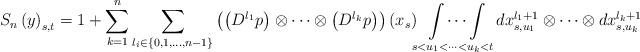
LaTeX: \begin{align*}S_{n}\left( y\right) _{s,t}=1+\sum_{k=1}^{n}\sum_{l_{i}\in \left\{ 0,1,\dots,n-1\right\} }\left( \left( D^{l_{1}}p\right) \otimes \cdots \otimes \left(D^{l_{k}}p\right) \right) \left( x_{s}\right)\idotsint\limits_{s<u_{1}<\cdots <u_{k}<t}dx_{s,u_{1}}^{l_{1}+1}\otimes\cdots \otimes dx_{s,u_{k}}^{l_{k}+1}\end{align*}